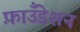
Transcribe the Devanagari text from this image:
फ़ाउँडेशन